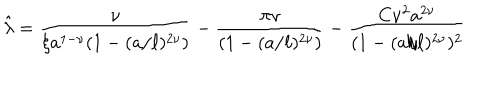
{ \hat { \lambda } } = { \frac { \nu } { \xi a ^ { 1 - \nu } ( 1 - ( a / \ell ) ^ { 2 \nu } ) } } - { \frac { \pi \nu } { ( 1 - ( a / \ell ) ^ { 2 \nu } ) } } - { \frac { C \nu ^ { 2 } a ^ { 2 \nu } } { ( 1 - ( a / \ell ) ^ { 2 \nu } ) ^ { 2 } } }